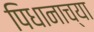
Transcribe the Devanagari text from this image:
पिधानाच्या